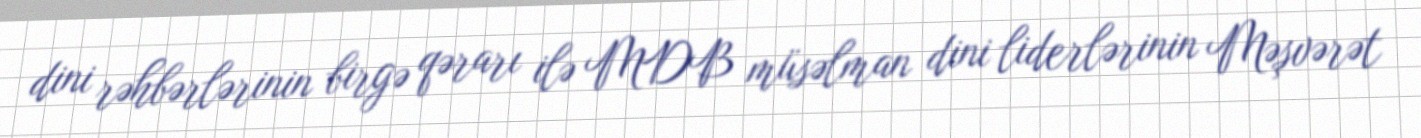
dini rəhbərlərinin birgə qərarı ilə MDB müsəlman dini liderlərinin Məşvərət